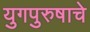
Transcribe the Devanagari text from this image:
युगपुरुषाचे